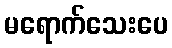
မရောက်သေးပေ